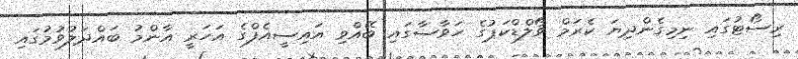
ރިސޯޓުގައި ނިމިގެންދިޔަ ކެރަމް ވޯލްޑްކަޕުގެ ހަވާސާގައި ބޭއްވި އައިސީއެފްގެ އަހަރީ އާންމު ބައްދަލުވުމުގައި